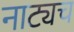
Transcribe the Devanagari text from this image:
नाट्यच